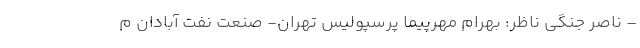
– ناصر جنگی ناظر: بهرام مهرپیما پرسپولیس تهران- صنعت نفت آبادان م